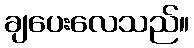
ချပေးလေသည်။